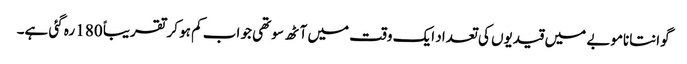
گوانتاناموبے میں قیدیوں کی تعداد ایک وقت میں آٹھ سو تھی جو اب کم ہو کر تقریباً 180 رہ گئی ہے۔